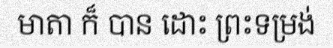
មាតា ក៏ បាន ដោះ ព្រះទម្រង់